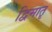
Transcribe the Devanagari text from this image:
द्विमातृ